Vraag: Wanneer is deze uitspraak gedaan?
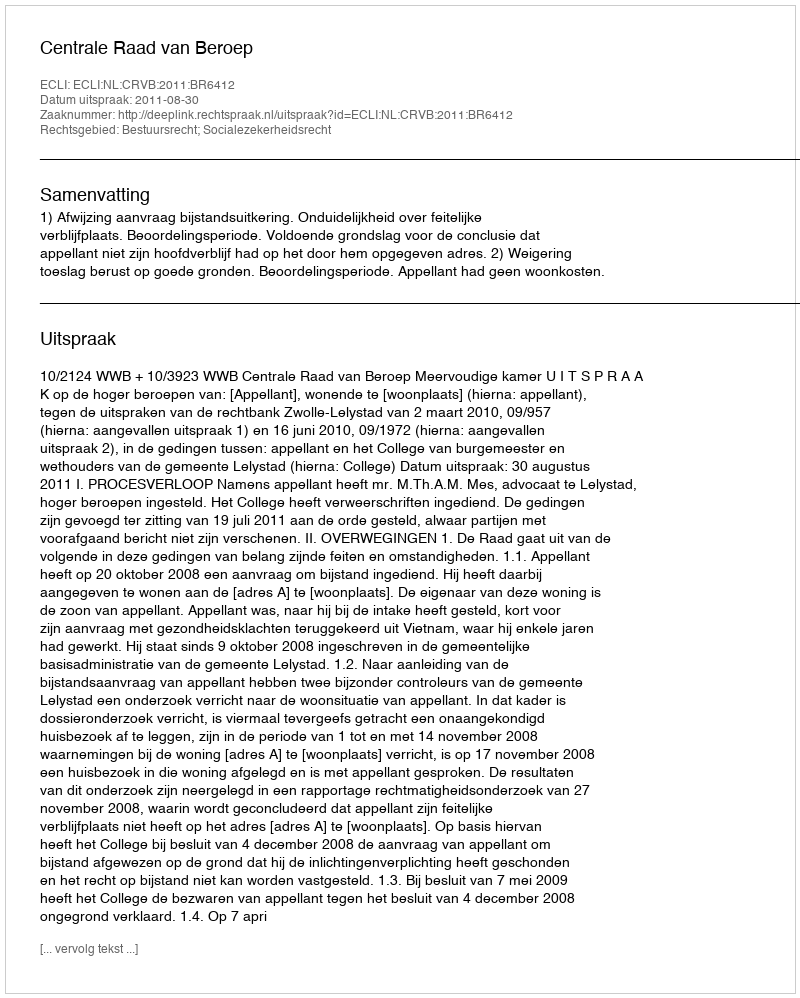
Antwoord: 2011-08-30